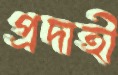
প্রদাহী